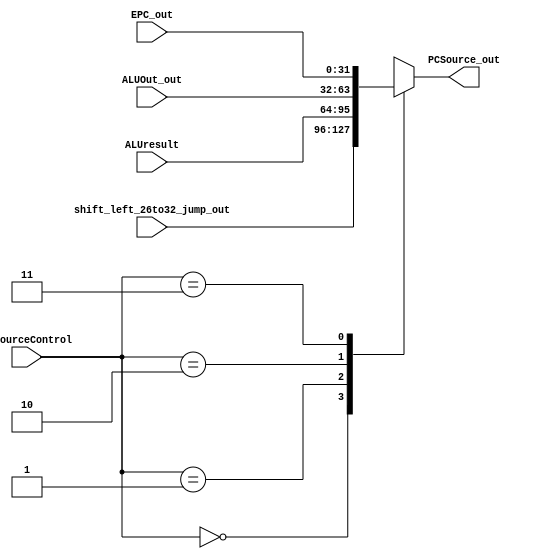
module PcSource_(
	input wire [1:0]PcSourceControl,
	input wire [31:0] shift_left_26to32_jump_out, /* PC+4 */
	input wire [31:0] ALUresult, /* Jump */
	input wire [31:0] ALUOut_out, /* Branch */
	input wire [31:0] EPC_out, /* EPC */ 
	output reg [31:0] PCSource_out
);
always @(*) begin
    case (PcSourceControl)          
        2'b00: PCSource_out = shift_left_26to32_jump_out; 
        2'b01: PCSource_out = ALUresult; 
        2'b10: PCSource_out = ALUOut_out; 
		2'b11: PCSource_out = EPC_out;
        endcase
end

endmodule